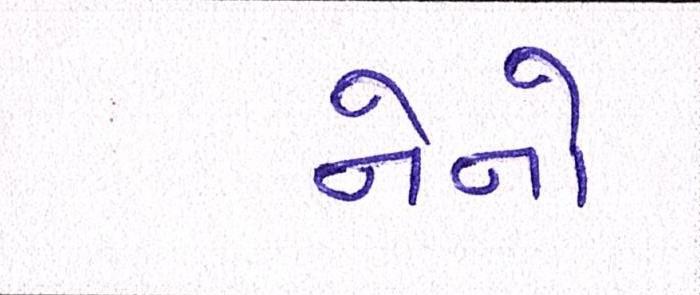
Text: નેનો